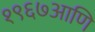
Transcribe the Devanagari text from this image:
१९६७आणि